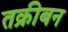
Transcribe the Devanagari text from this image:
तक्रीबन